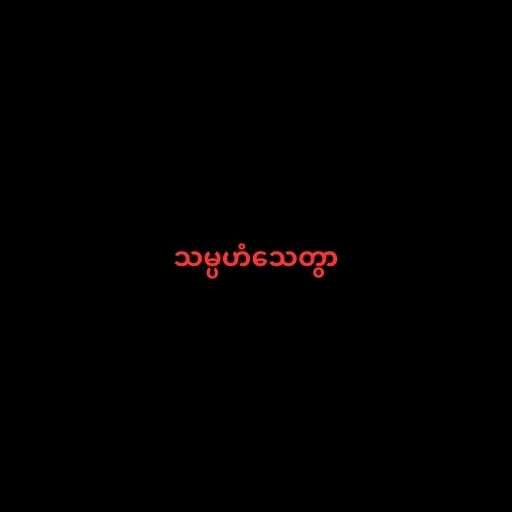
သမ္ပဟံသေတွာ